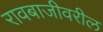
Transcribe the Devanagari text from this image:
रावबाजीवरील